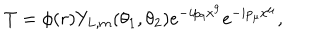
T = \phi ( r ) Y _ { L , m } ( \theta _ { 1 } , \theta _ { 2 } ) e ^ { - i p _ { 9 } x ^ { 9 } } e ^ { - i p _ { \mu } x ^ { \mu } } ,